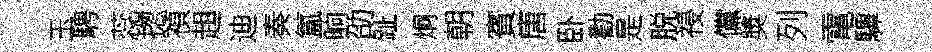
玉騁蕊揔禎趄迪奏氲晌劭趾炯朝賓唐卧勸是脱祲儻奬列電驆